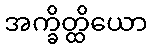
အက္ခိတ္ထိယော